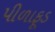
પીળાફૂડ